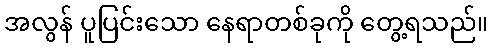
အလွန် ပူပြင်းသော နေရာတစ်ခုကို တွေ့ရသည်။